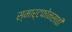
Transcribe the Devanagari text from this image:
स्मार्टफोनसाठी